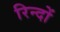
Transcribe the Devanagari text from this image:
रिन्दों